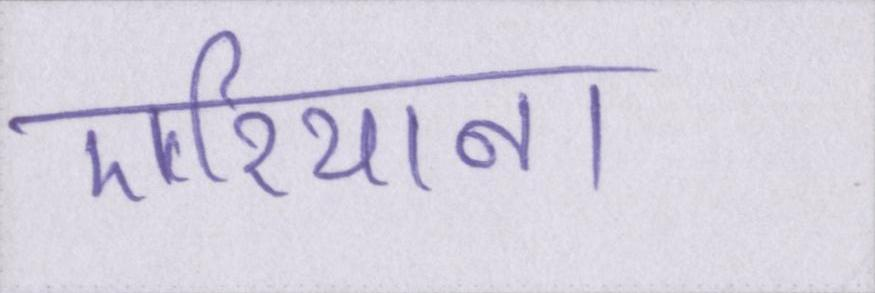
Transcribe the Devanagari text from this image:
एरियाना